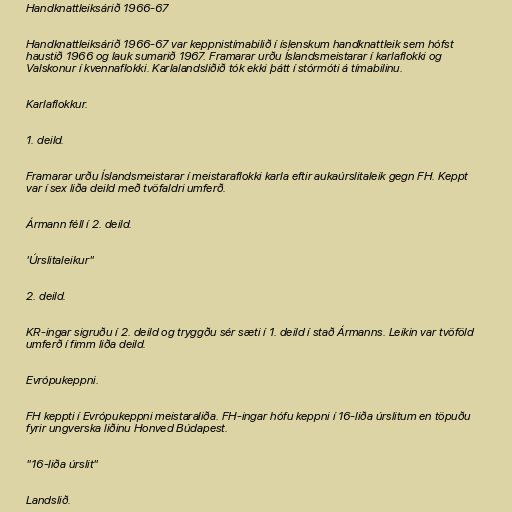
Handknattleiksárið 1966-67

Handknattleiksárið 1966-67 var keppnistímabilið í íslenskum handknattleik sem hófst
haustið 1966 og lauk sumarið 1967. Framarar urðu Íslandsmeistarar í karlaflokki og
Valskonur í kvennaflokki. Karlalandsliðið tók ekki þátt í stórmóti á tímabilinu.

Karlaflokkur.

1. deild.

Framarar urðu Íslandsmeistarar í meistaraflokki karla eftir aukaúrslitaleik gegn FH. Keppt
var í sex liða deild með tvöfaldri umferð.

Ármann féll í 2. deild.

'Úrslitaleikur"

2. deild.

KR-ingar sigruðu í 2. deild og tryggðu sér sæti í 1. deild í stað Ármanns. Leikin var tvöföld
umferð í fimm liða deild.

Evrópukeppni.

FH keppti í Evrópukeppni meistaraliða. FH-ingar hófu keppni í 16-liða úrslitum en töpuðu
fyrir ungverska liðinu Honved Búdapest.

"16-liða úrslit"

Landslið.